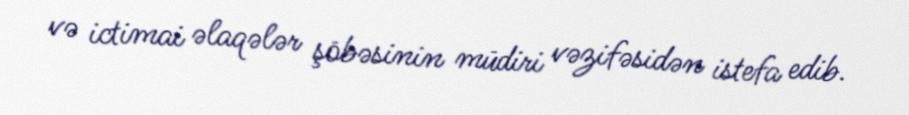
və ictimai əlaqələr şöbəsinin müdiri vəzifəsidən istefa edib.